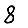
Digit: 8